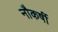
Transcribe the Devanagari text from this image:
नौकर्षी